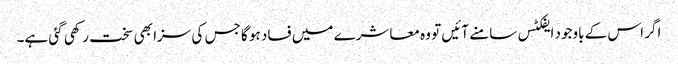
اگر اس کے باوجود ایفکٹس سامنے آئیں تو وہ معاشرے میں فساد ہو گا جس کی سزا بھی سخت رکھی گئی ہے۔